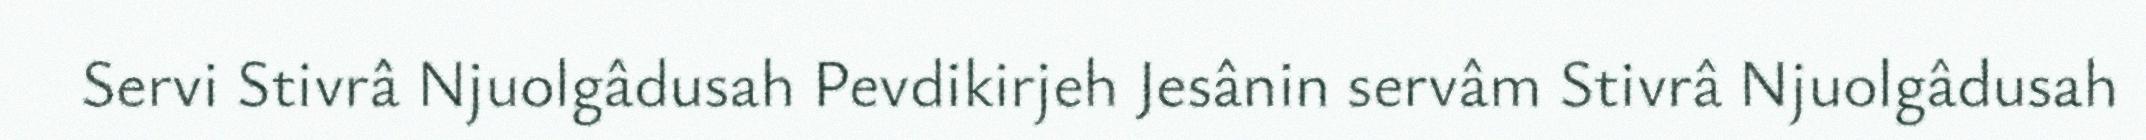
Servi Stivrâ Njuolgâdusah Pevdikirjeh Jesânin servâm Stivrâ Njuolgâdusah